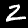
Digit: 2